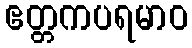
ဧတ္တကပရမာဝ